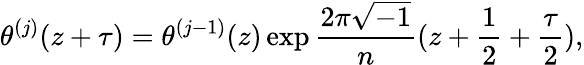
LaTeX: \theta^{(j)}(z+\tau)=\theta^{(j-1)}(z)\exp\frac{2\pi\sqrt{-1}}{n}(z+\frac{1}{2}+\frac{\tau}{2}),